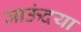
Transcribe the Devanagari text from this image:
जाऊंदया